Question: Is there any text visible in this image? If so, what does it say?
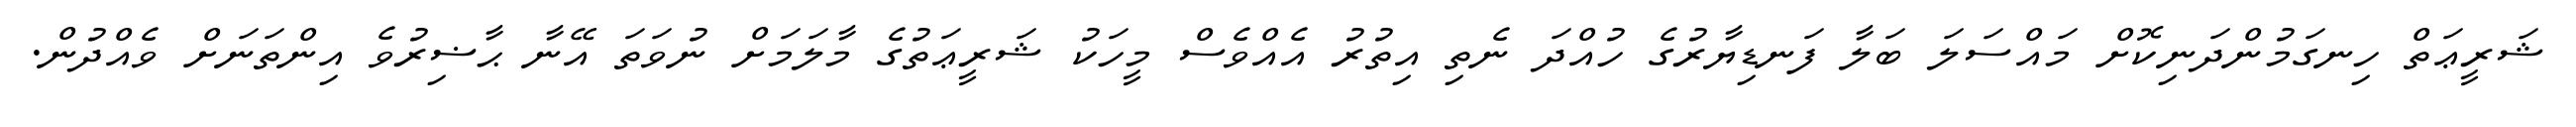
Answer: ޝަރީޢަތް ހިނގަމުންދަނިކޮށް މައްސަލަ ބަލާ ފަނޑިޔާރުގެ ހުއްދަ ނެތި އިތުރު އެއްވެސް މީހަކު ޝަރީޢަތުގެ މާލަމަށް ނުވަތަ އޭނާ ޙާޟިރުވެ އިންތަނަށް ވެއްދުން.